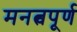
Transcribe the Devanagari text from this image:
मनत्वपूर्ण